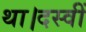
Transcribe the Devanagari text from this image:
था।दस्वीं